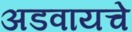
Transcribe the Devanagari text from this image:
अडवायचे